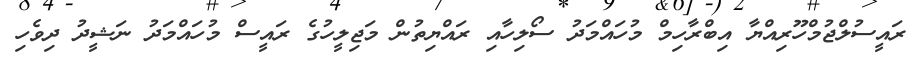
ރައީސުލްޖުމްހޫރިއްޔާ އިބްރާހިމް މުހައްމަދު ސޯލިހާއި ރައްޔިތުން މަޖިލީހުގެ ރައީސް މުހައްމަދު ނަޝީދު ދިވެހި